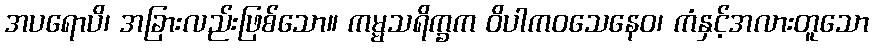
အပရောပိ၊ အခြားလည်းဖြစ်သော။ ကမ္မသရိက္ခက ဝိပါကဝသေနေဝ၊ ကံနှင့်အလားတူသော